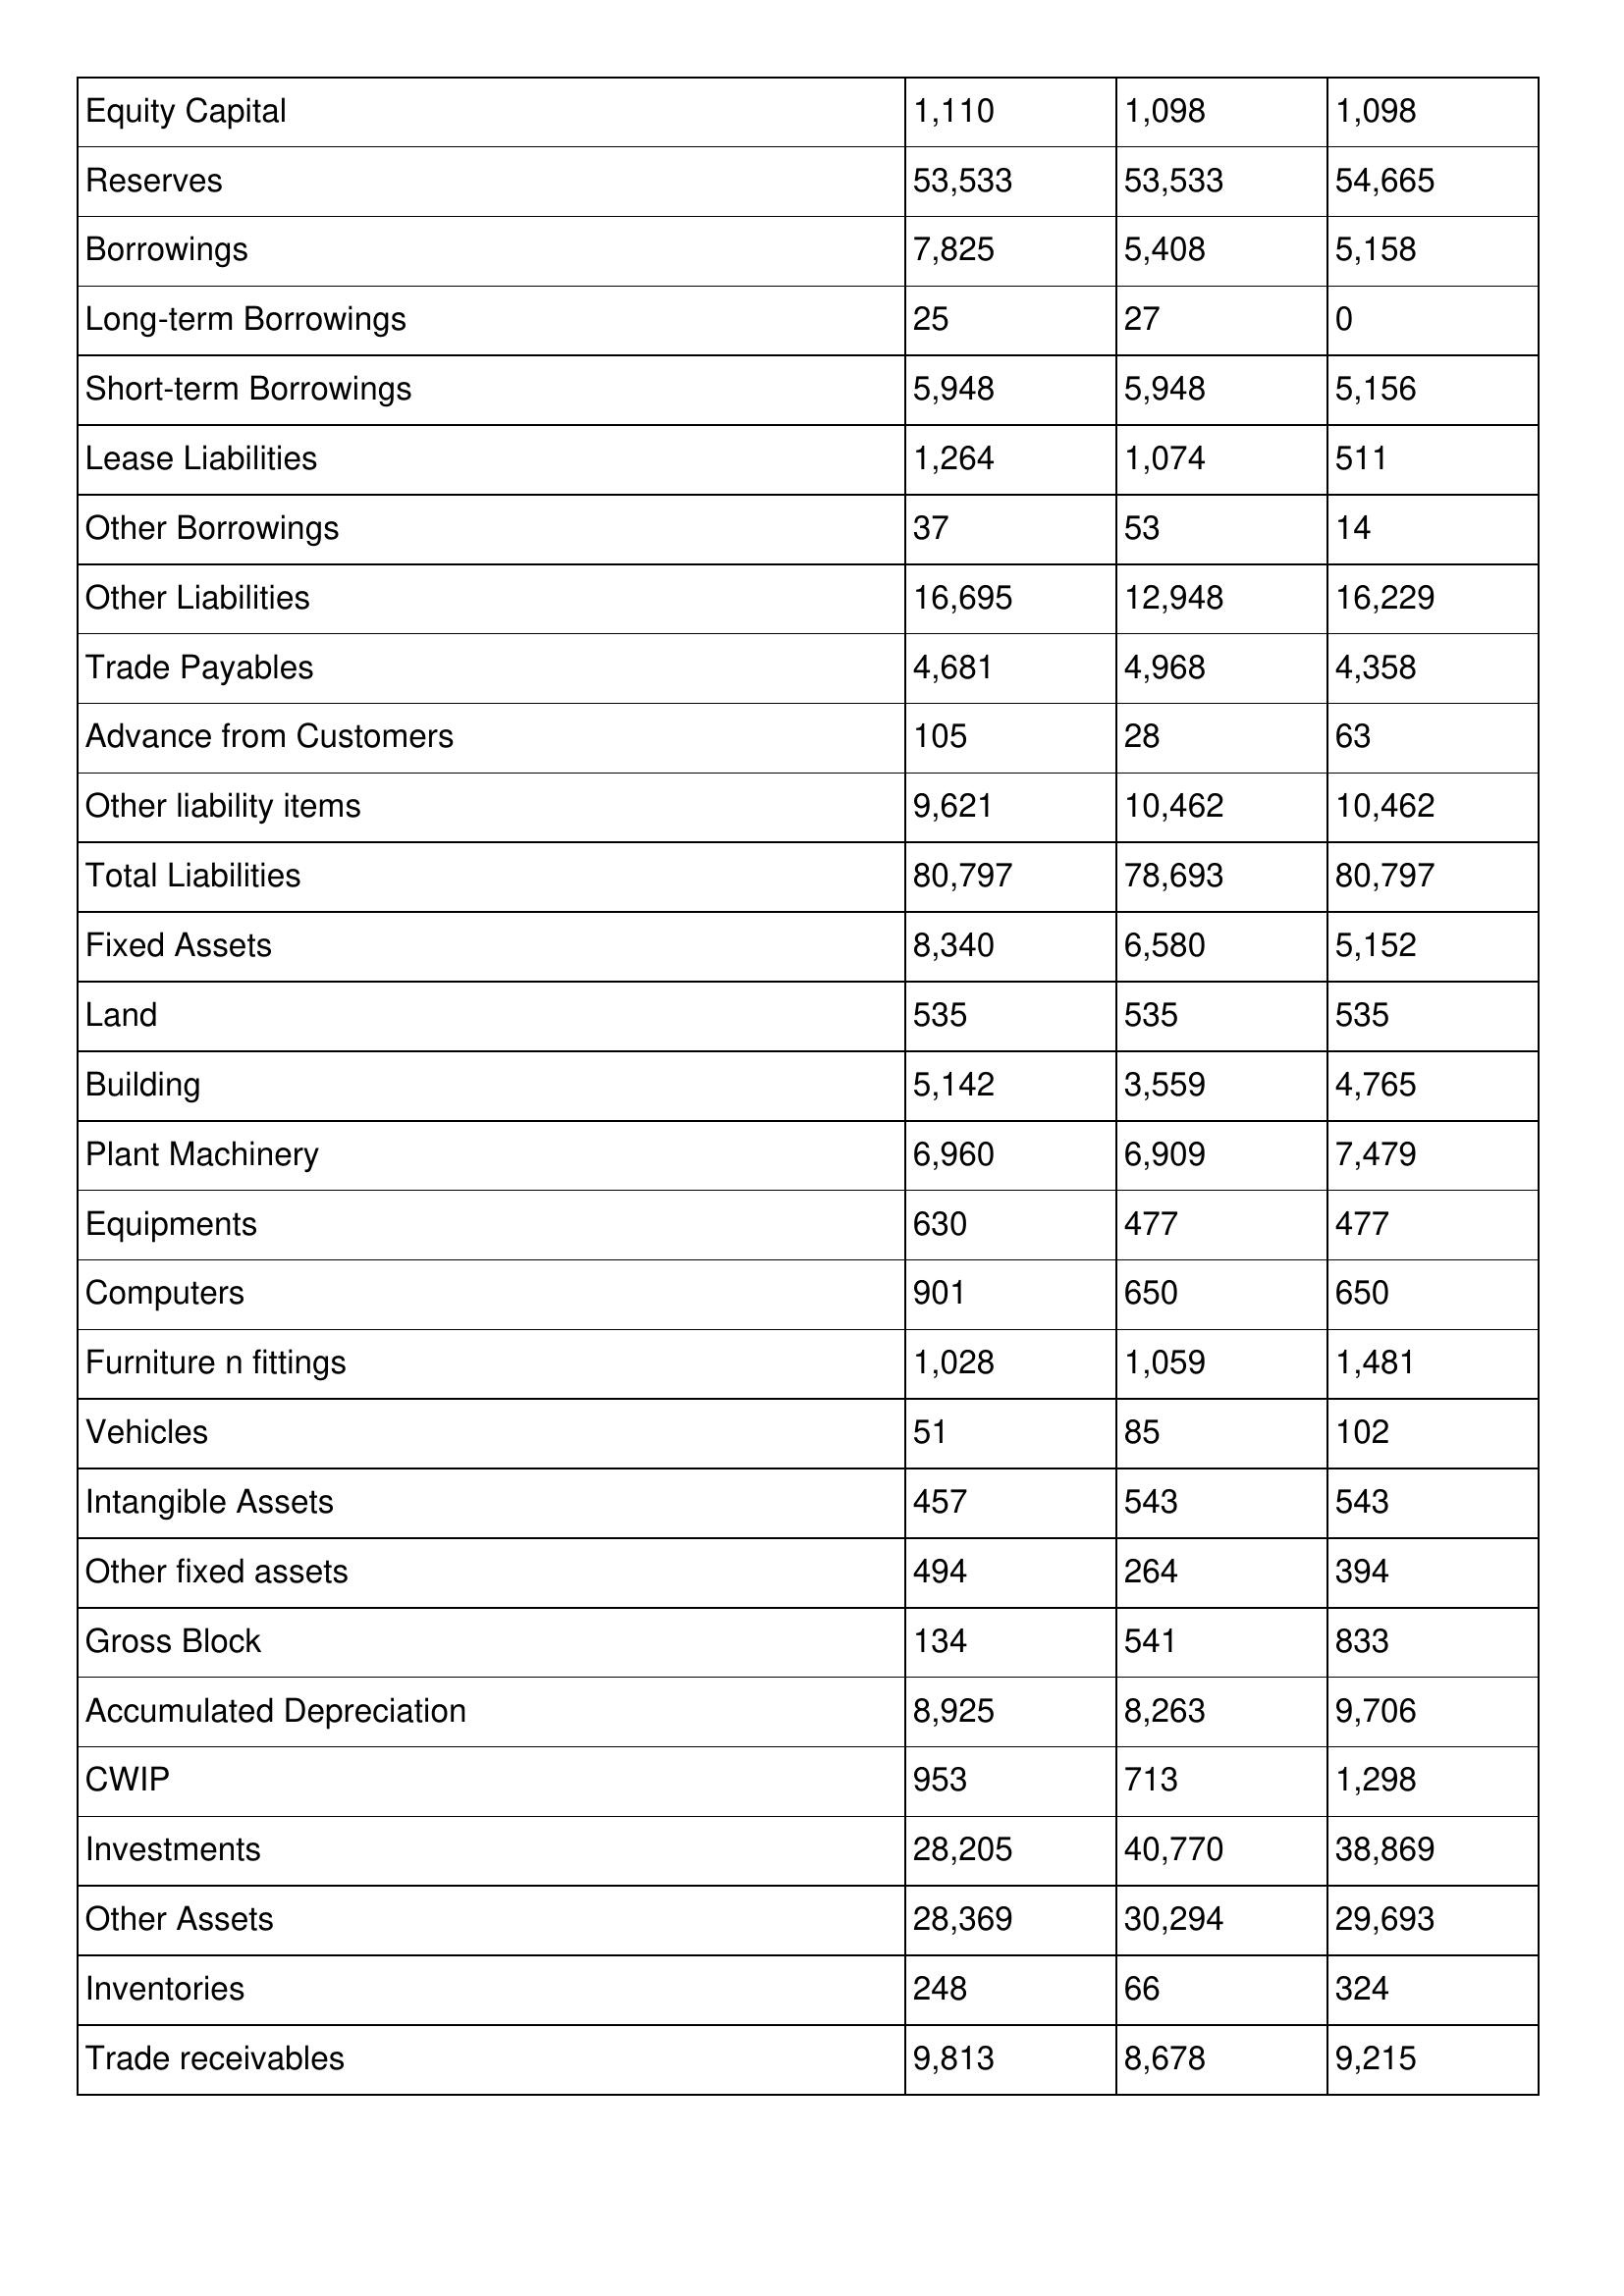
gt_parse: 2003: Balance Sheet: Equity Capital: 1,110
Reserves: 53,533
Borrowings: 7,825
Long-term Borrowings: 25
Short-term Borrowings: 5,948
Lease Liabilities: 1,264
Other Borrowings: 37
Other Liabilities: 16,695
Trade Payables: 4,681
Advance from Customers: 105
Other liability items: 9,621
Total Liabilities: 80,797
Fixed Assets: 8,340
Land: 535
Building: 5,142
Plant Machinery: 6,960
Equipments: 630
Computers: 901
Furniture n fittings: 1,028
Vehicles: 51
Intangible Assets: 457
Other fixed assets: 494
Gross Block: 134
Accumulated Depreciation: 8,925
CWIP: 953
Investments: 28,205
Other Assets: 28,369
Inventories: 248
Trade receivables: 9,813
2002: Balance Sheet: Equity Capital: 1,098
Reserves: 53,533
Borrowings: 5,408
Long-term Borrowings: 27
Short-term Borrowings: 5,948
Lease Liabilities: 1,074
Other Borrowings: 53
Other Liabilities: 12,948
Trade Payables: 4,968
Advance from Customers: 28
Other liability items: 10,462
Total Liabilities: 78,693
Fixed Assets: 6,580
Land: 535
Building: 3,559
Plant Machinery: 6,909
Equipments: 477
Computers: 650
Furniture n fittings: 1,059
Vehicles: 85
Intangible Assets: 543
Other fixed assets: 264
Gross Block: 541
Accumulated Depreciation: 8,263
CWIP: 713
Investments: 40,770
Other Assets: 30,294
Inventories: 66
Trade receivables: 8,678
2001: Balance Sheet: Equity Capital: 1,098
Reserves: 54,665
Borrowings: 5,158
Long-term Borrowings: 0
Short-term Borrowings: 5,156
Lease Liabilities: 511
Other Borrowings: 14
Other Liabilities: 16,229
Trade Payables: 4,358
Advance from Customers: 63
Other liability items: 10,462
Total Liabilities: 80,797
Fixed Assets: 5,152
Land: 535
Building: 4,765
Plant Machinery: 7,479
Equipments: 477
Computers: 650
Furniture n fittings: 1,481
Vehicles: 102
Intangible Assets: 543
Other fixed assets: 394
Gross Block: 833
Accumulated Depreciation: 9,706
CWIP: 1,298
Investments: 38,869
Other Assets: 29,693
Inventories: 324
Trade receivables: 9,215